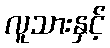
လူသားနှင့်